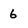
Character: 6